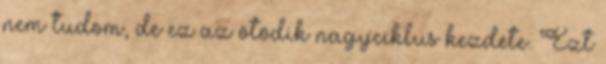
nem tudom, de ez az ötödik nagyciklus kezdete. Ezt